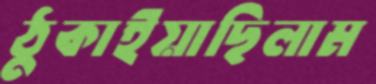
ঠুকাইয়াছিলাম